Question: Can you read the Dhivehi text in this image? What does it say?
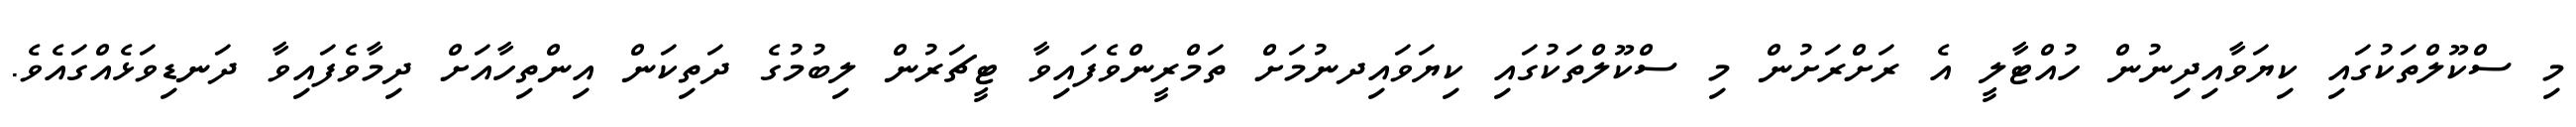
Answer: މި ސްކޫލްތަކުގައި ކިޔަވާއިދިނުން ހުއްޓާލީ އެ ރަށްރަށުން މި ސްކޫލްތަކުގައި ކިޔަވައިދނުމަށް ތަމްރީންވެފައިވާ ޓީޗަރުން ލިބުމުގެ ދަތިކަން އިންތިހާއަށް ދިމާވެފައިވާ ދަނޑިވަޅެއްގައެވެ.